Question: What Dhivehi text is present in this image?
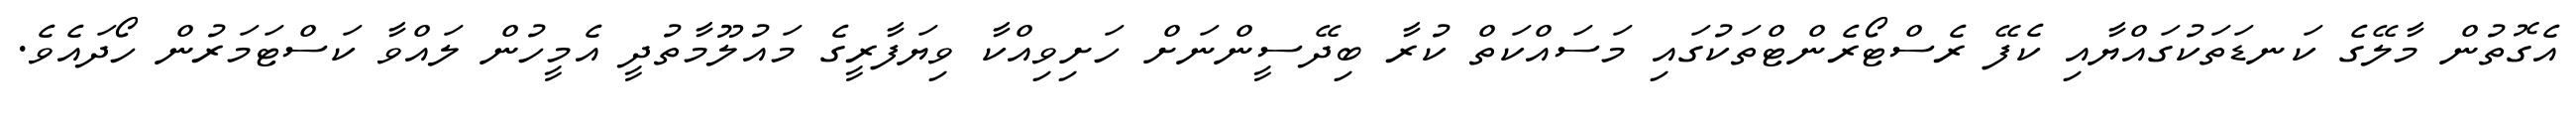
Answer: އެގޮތުން މާލޭގެ ކަނޑަތަކުގައްޔާއި ކެފޭ ރެސްޓޯރެންޓްތަކުގައި މަސައްކަތް ކުރާ ބިދޭސީންނަށް ހަށިވިއްކާ ވިޔަފާރީގެ މައުލޫމާތުދީ އެމީހުން ލައްވާ ކަސްޓަމަރުން ހޯދައެވެ.